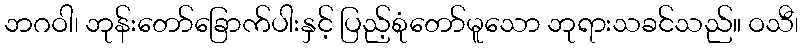
ဘဂဝါ၊ ဘုန်းတော်ခြောက်ပါးနှင့် ပြည့်စုံတော်မူသော ဘုရားသခင်သည်။ ဝသီ၊